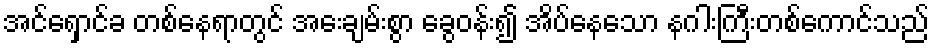
အင်ရှောင်ခ တစ်နေရာတွင် အေးချမ်းစွာ ခွေဝန်း၍ အိပ်နေသော နဂါးကြီးတစ်ကောင်သည်